Document type: Emphyteutic lease
Year: 1283
Scribe: Pere Marquès
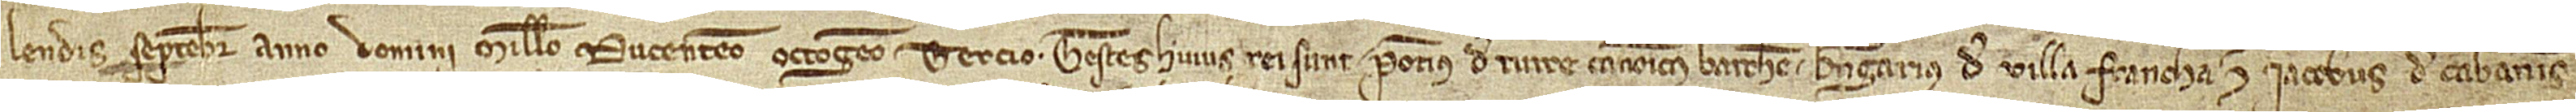
lendis septembris, anno Domini millesimo ducentesimo octuagesimo tercio. Testes huius rei sunt: Pontius de Turre, canonicus Barchinone, Berengarius de Villa Francha et Iacobus de Cabannis.